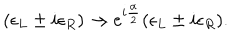
LaTeX: ( \epsilon _ { L } \pm i \epsilon _ { R } ) \rightarrow e ^ { i { \frac { \alpha } { 2 } } } ( \epsilon _ { L } \pm i \epsilon _ { R } ) .